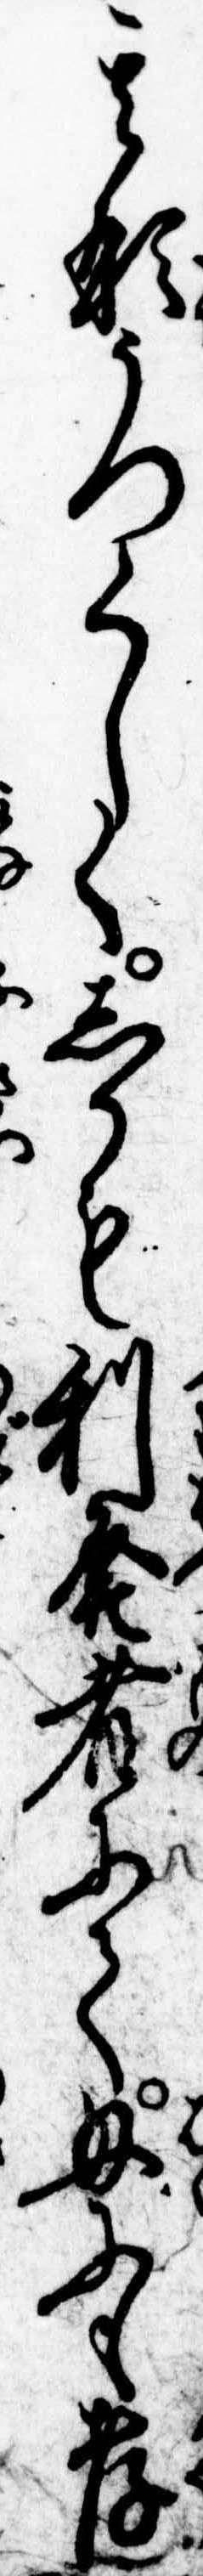
其形うつくしくしかも利発者にて母にも孝